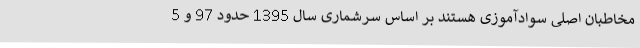
مخاطبان اصلی سوادآموزی هستند بر اساس سرشماری سال 1395 حدود 97 و 5